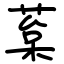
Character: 葈